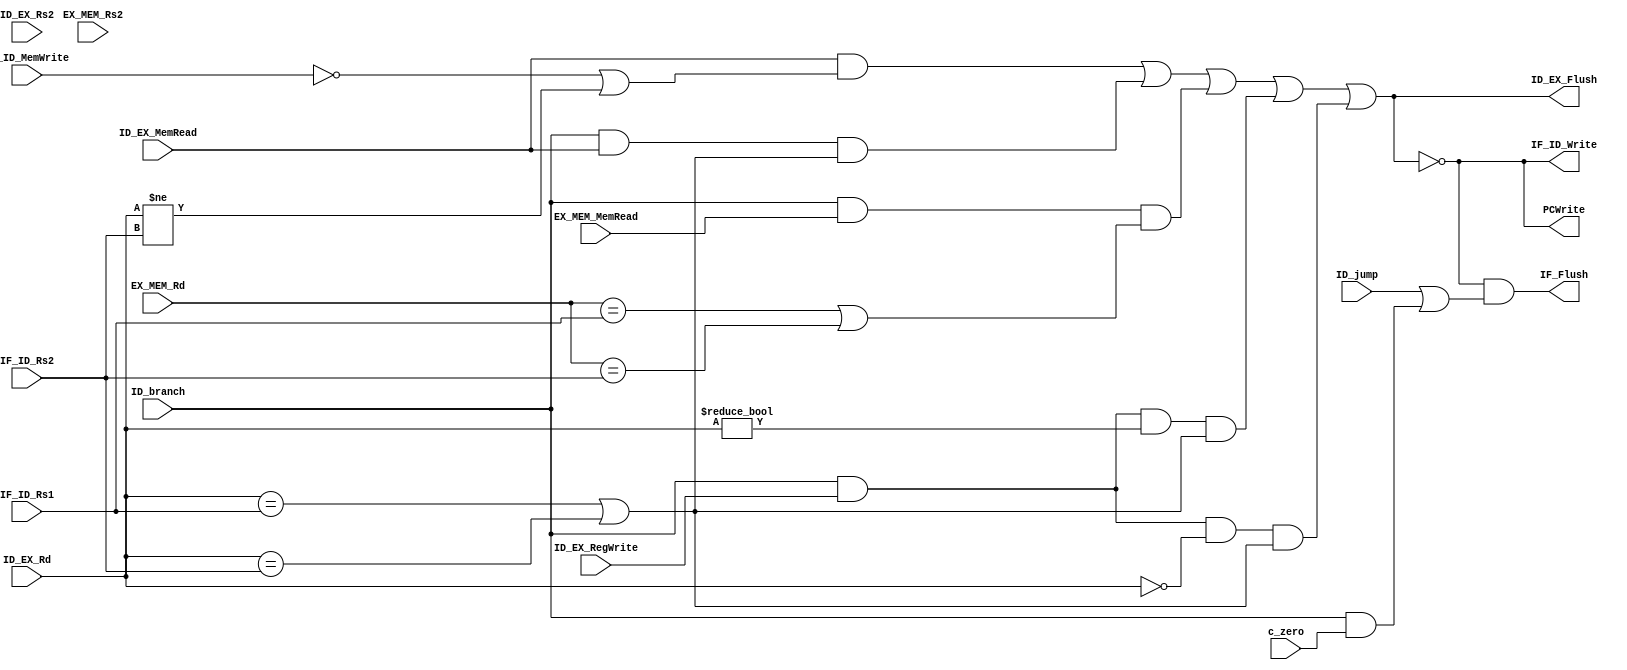
`timescale 1ns / 1ps

module hazardControlDetection(
    input [4:0] IF_ID_Rs1,
    input [4:0] IF_ID_Rs2,
    input [4:0] ID_EX_Rs2,
    input [4:0] EX_MEM_Rs2,
    input [4:0] ID_EX_Rd,
    input [4:0] EX_MEM_Rd,
    input IF_ID_MemWrite, 
    input ID_EX_MemRead, 
    input EX_MEM_MemRead, 
    input ID_branch, 
    input ID_jump,
    input c_zero, 
    input ID_EX_RegWrite,
    output PCWrite,
    output IF_ID_Write,
    output ID_EX_Flush,
    output IF_Flush
);

wire PCHold; // if PCHold==1, hold PC and IF/ID

assign PCHold = ( ID_EX_MemRead && (~IF_ID_MemWrite || (ID_EX_Rd != IF_ID_Rs2)) ) // lw hazard
            || ( (ID_branch) && (ID_EX_MemRead) && (ID_EX_Rd == IF_ID_Rs1 || ID_EX_Rd == IF_ID_Rs2) ) // lw followed by branch
            || ( (ID_branch) && (EX_MEM_MemRead) && (EX_MEM_Rd == IF_ID_Rs1 || EX_MEM_Rd == IF_ID_Rs2) ) // lw followed by nop and then branch
            || ( (ID_branch) && (ID_EX_RegWrite) && (ID_EX_Rd != 5'b0) && (ID_EX_Rd == IF_ID_Rs1 || ID_EX_Rd == IF_ID_Rs2) ) // R-format followed by branch
            || ( (ID_branch) && (ID_EX_RegWrite) && (ID_EX_Rd == 5'b0) && (ID_EX_Rd == IF_ID_Rs1 || ID_EX_Rd == IF_ID_Rs2) ) ; // addi followed by branch
// note we leave out the case that R-format followed by a nop then a branch, because that is solved by forwarding path

assign PCWrite=~PCHold; // if PCWrite==0, don't write in new instruction, IM decode the current instruction again 

assign IF_ID_Write=~PCHold; // if IF_ID_Write==0, IF/ID register keeps the current instruction

assign ID_EX_Flush=PCHold; // if ID_EX_Flush=1, all control signals in ID/EX are 0 (implemented in ID/EX register later)
 
assign IF_Flush = (PCHold==0) && ( (ID_jump) || (ID_branch && c_zero) ); 

endmodule